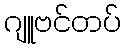
ဂျူဗင်တပ်